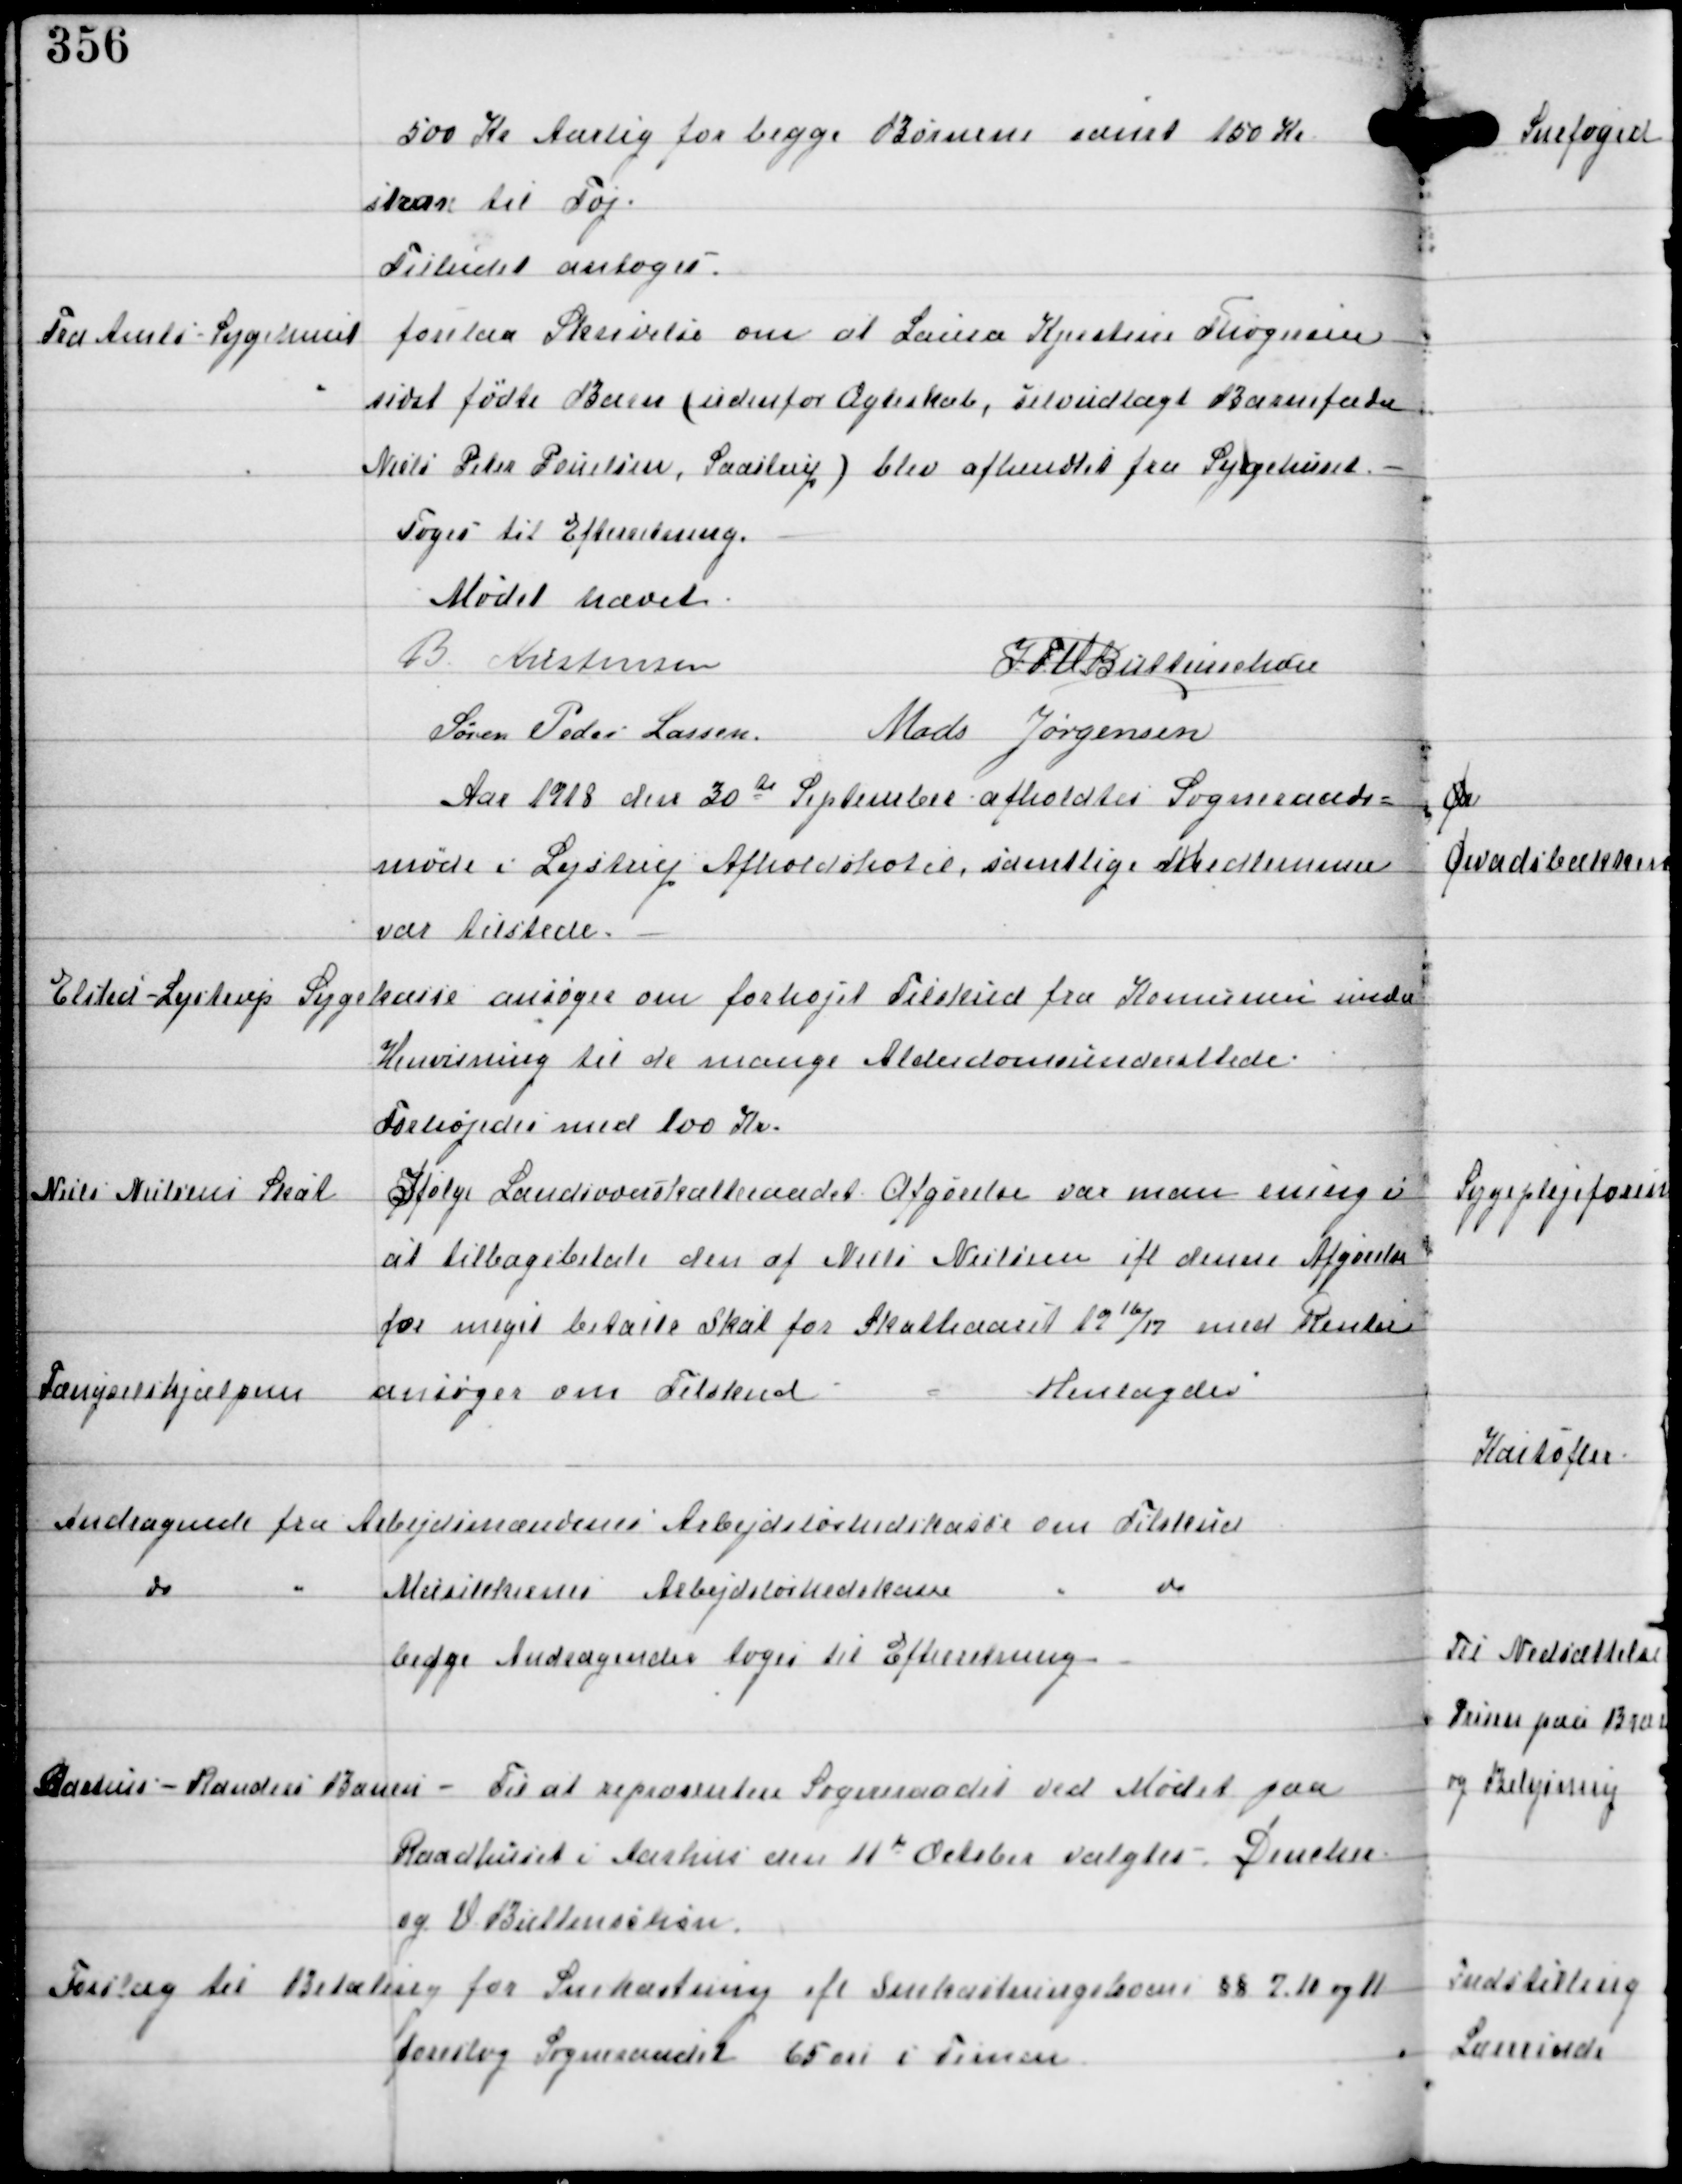
Transskription:
500 Kr Aarlig for begge Børnene samt 100 Kr
strax til Tøj.
Tilbudet antoges.

Fra Amts-Sygehuset

forelaa Skrivelse om at Laura Kjeldsen Thøgersens
sidst fødte Barn (udenfor Ægteskab, selvudlagt Barnefader
Niels Peter Poulsen, Saastrup) blev afhentet fra Sygehuset.
Toges til Efterretning.

Mødet hævet
B Kristensen
IFV Buttenschøn
Søren Peder Lassen Mads Jørgensen

Aar 1918 den 30de September afholdtes Sogneraads-
møde i Lystrup Afholdshotel, samtlige Medlemmer
var tilstede, -

Elsted-Lystrup Sygekasse ansøger om forhøjet Tilskud fra Komunen med
Henvisning til de mange Alderdomsunderstøttede.
Forhøjedes med 100 Kr.

Niels Nielsens Skat

Ifølge Landsoverskattenævnet Afgørelse var man enige i
at tilbagebetale den af Niels Nielsen ifl denne Afgørelse
for meget betalte Skat for Skatteaaret 1916/17 med Renter

Fængselshjælpen
ansøger om Tilskud
Henlagdes

Andragende fra Arbejdsmændenes Arbejdsløshedskasse om Tilskud
do " Musikkernes Arbejdsløshedskasse " do
begge Andragender toges til Efterretning. -

Aarhus-Randers Banen - Til at repræsentere Sogneraadet ved Mødet paa
Raadhuset i Aarhus den 11d October valgtes - Dencker
og V Buttenschøn.

Forslag til Betaling for Snekastning ifl Snekastningsloven §§ 7.10 og 11
foreslog Sogneraadet 65 øre i Timen.